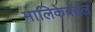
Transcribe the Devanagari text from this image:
मालिकेबद्दल